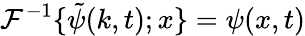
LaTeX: {\cal{F}}^{-1}\{ \tilde{\psi}(k,t);x\} =\psi(x,t)